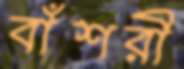
বাঁশরী